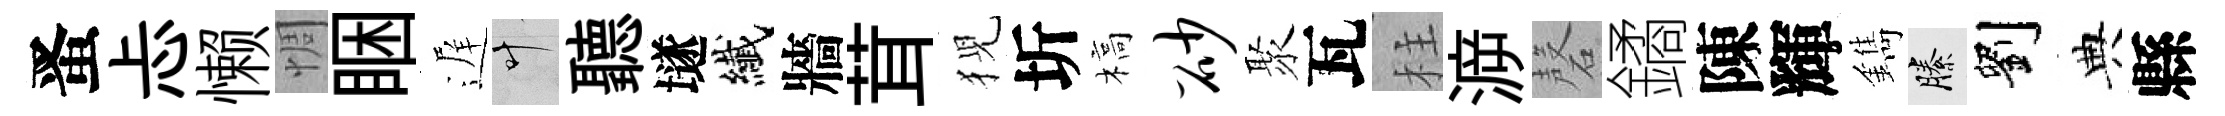
󱉠忐懒惆睏遅叶聽𡑞纎牆茸猊圻槁砂聚瓦柱㴑磬鐍陳輝鐫縢劉典縣